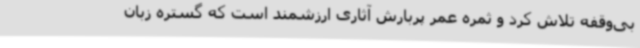
بی‌وقفه تلاش کرد و ثمره عمر پربارش آثاری ارزشمند است که گستره زبان